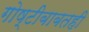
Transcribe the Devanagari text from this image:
गोष्टीबाबतही